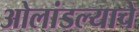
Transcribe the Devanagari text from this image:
ओलांडल्याचे